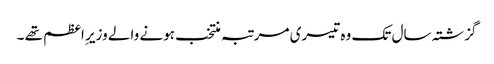
گزشتہ سال تک وہ تیسری مرتبہ منتخب ہونے والے وزیر ِاعظم تھے ۔